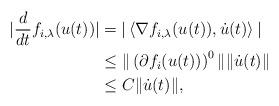
LaTeX: \begin{align*}|\frac{d}{dt} f_{i,\lambda}(u(t)) | & = |\left\langle \nabla f_{i,\lambda}(u(t)), \dot{u} (t) \right\rangle |\\& \leq \|\left(\partial f_{i} (u(t))\right)^{0}\| \|\dot{u} (t) \| \\ & \leq C \|\dot{u} (t) \|,\end{align*}